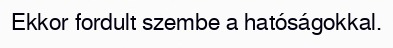
Ekkor fordult szembe a hatóságokkal.